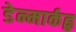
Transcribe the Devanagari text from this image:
डेन्मार्कहृ